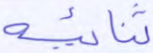
ثنائية